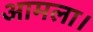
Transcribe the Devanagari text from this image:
आमला।